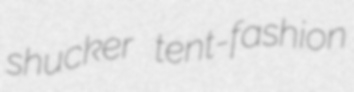
shucker tent-fashion